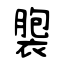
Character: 褜